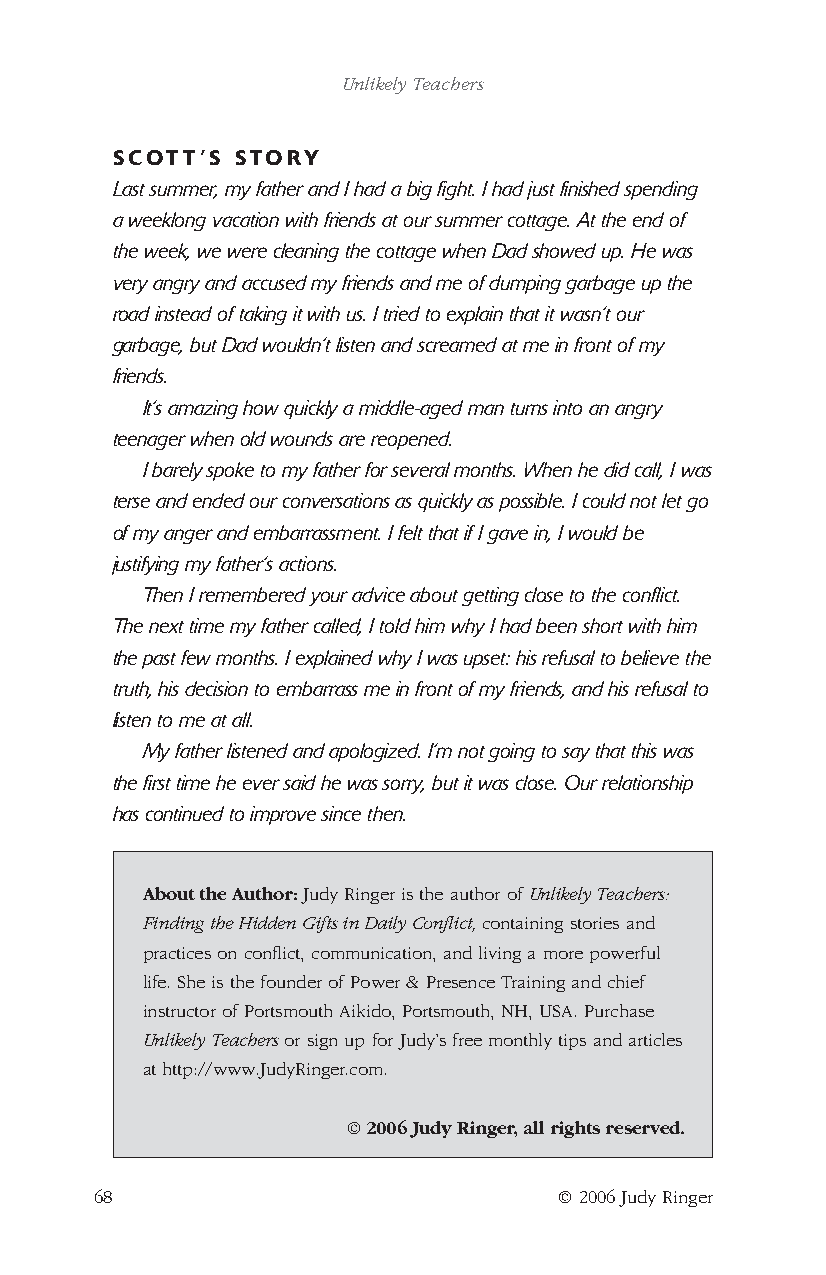
Unlikely Teachers
 SCOTT’S  STORY
 Last summer, my father and I had a big fight. I had just finished spending
 a weeklong vacation with friends at our summer cottage. At the end of
 the week, we were cleaning the cottage when Dad showed up. He was
 very angry and accused my friends and me of dumping garbage up the
 road instead of taking it with us. I tried to explain that it wasn’t our
 garbage, but Dad wouldn’t listen and screamed at me in front of my
 friends.
 It’s amazing how quickly a middle-aged man turns into an angry
 teenager when old wounds are reopened.
 I barely spoke to my father for several months. When he did call, I was
 terse and ended our conversations as quickly as possible. I could not let go
 of my anger and embarrassment. I felt that if I gave in, I would be
 justifying my father’s actions.
 Then I remembered your advice about getting close to the conflict.
 The next time my father called, I told him why I had been short with him
 the past few months. I explained why I was upset: his refusal to believe the
 truth, his decision to embarrass me in front of my friends, and his refusal to
 listen to me at all.
 My father listened and apologized. I’m not going to say that this was
 the first time he ever said he was sorry, but it was close. Our relationship
 has continued to improve since then.
 About the Author: Judy Ringer is the author of Unlikely Teachers:
 Finding the Hidden Gifts in Daily Conflict, containing stories and
 practices on conflict, communication, and living a more powerful
 life. She is the founder of Power & Presence Training and chief
 instructor of Portsmouth Aikido, Portsmouth, NH, USA. Purchase
 Unlikely Teachers or sign up for Judy’s free monthly tips and articles
 at http://www.JudyRinger.com.
 © 2006 Judy Ringer, all rights reserved.
 68                             © 2006 Judy Ringer